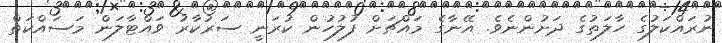
ނުރައްކަލުގެ ހާލަތުގެ ދަށުންނެވެ. އޭނާގެ މައްޗަށް ފުލުހުން ކުރަނީ ސަރުކާރު ވައްޓާލަން މަސައްކަތް